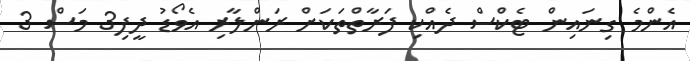
އެންމެ ގިނައިން ޓެކްސް ދެއްކި ފަރާތްތަކަށް ރަންލާރި އެވޯޑު ދީފި3 މަސް 3